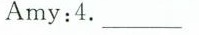
Amy:4.___